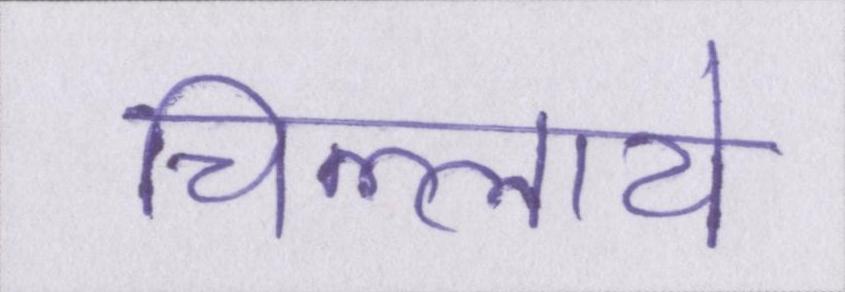
चिल्लाये